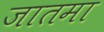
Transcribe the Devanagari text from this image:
जातमा